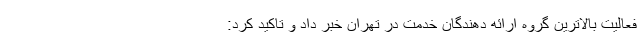
فعالیت بالاترین گروه ارائه دهندگان خدمت در تهران خبر داد و تاکید کرد: